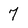
Character: 7